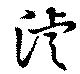
濬